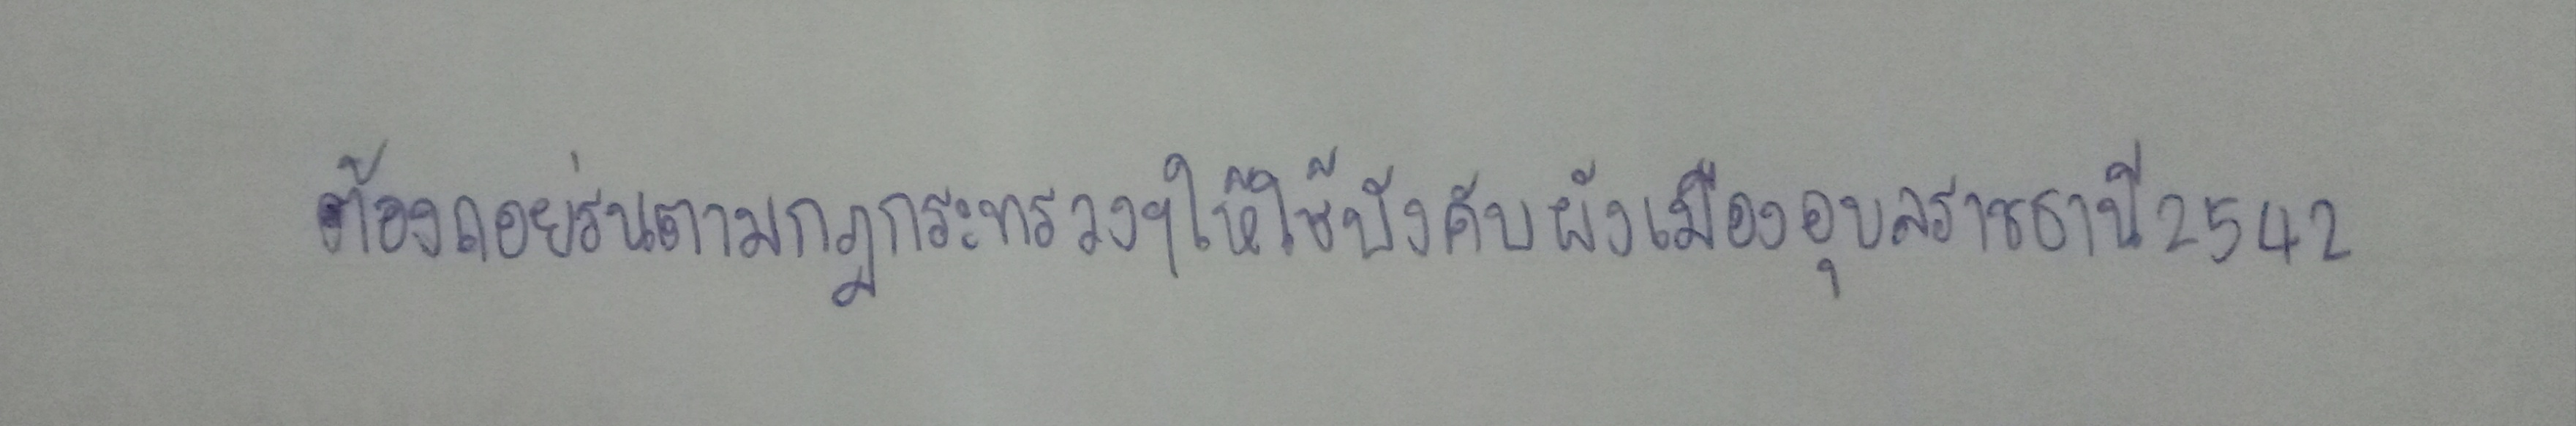
ต้องถอยร่นตามกฎกระทรวงฯให้ใช้บังคับผังเมืองอุบลราชธานี2542